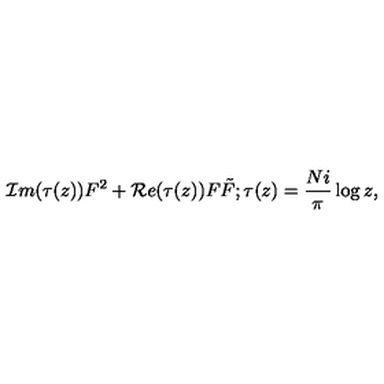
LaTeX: { \cal I } m ( \tau ( z ) ) F ^ { 2 } + { \cal R } e ( \tau ( z ) ) F \tilde { F } ; \tau ( z ) = { \frac { N i } { \pi } } \log z ,